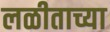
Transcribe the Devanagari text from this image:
लळीताच्या